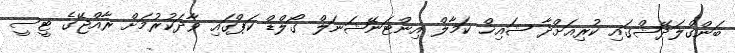
ބަންގްލަދޭޝްގައި ކުރިއަށްދާ ޝައިޚް ކަމާލް އިންޓަނޭޝަނަލް ގޯލްޑް ކަޕްގައި ވާދަކުރުމަށް ރާއްޖޭގެ ޓީސީ